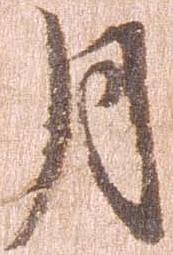
月